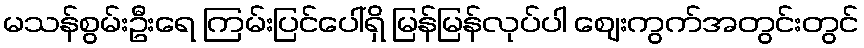
မသန်စွမ်းဦးရေ ကြမ်းပြင်ပေါ်ရှိ မြန်မြန်လုပ်ပါ ဈေးကွက်အတွင်းတွင်